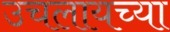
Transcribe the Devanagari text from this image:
उचलायच्या